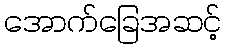
အောက်ခြေအဆင့်